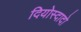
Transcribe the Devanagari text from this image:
दियोस्दादो